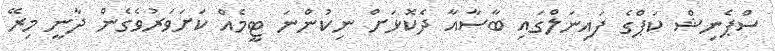
ސްޕެނިޝް ކަޕްގެ ފައިނަލްގައި ބާސާއާ ދެކޮޅަށް ނިކުންނަ ޓީމެއް ކަށަވަރުވެގެން ދާނީ މިރޭ